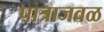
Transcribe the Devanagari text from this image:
पात्राजवळ